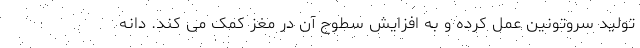
تولید سروتونین عمل کرده و به افزایش سطوح آن در مغز کمک می کند. دانه